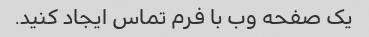
یک صفحه وب با فرم تماس ایجاد کنید.